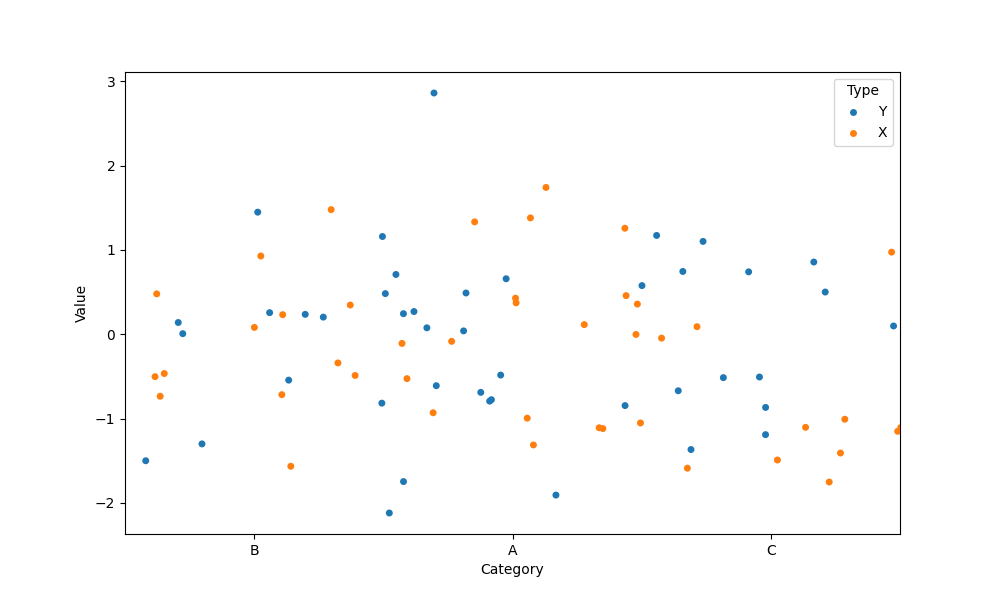
python, seaborn, stripplot, jitter=True, dodge=False, alpha=1.0, size=5